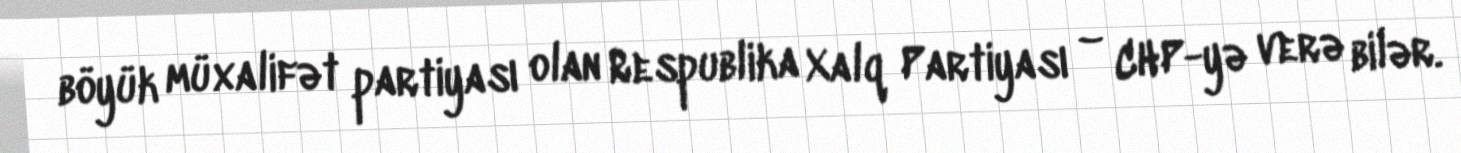
böyük müxalifət partiyası olan Respublika Xalq Partiyası – CHP-yə verə bilər.